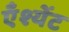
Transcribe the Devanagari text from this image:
एँश्येंट